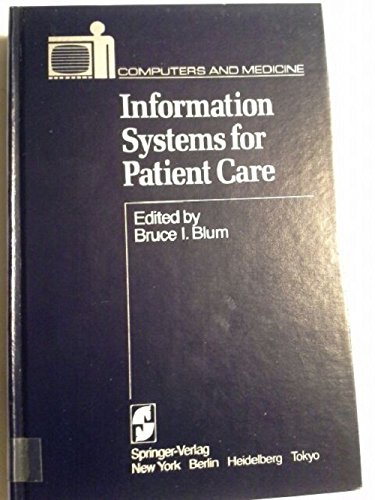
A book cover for Information Systems for Patient Care (Computers and Medicine); Medical Books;